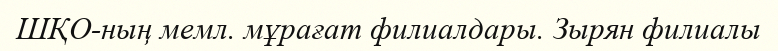
ШҚО-ның мемл. мұрағат филиалдары. Зырян филиалы